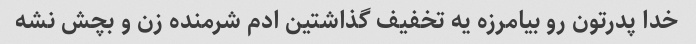
خدا پدرتون رو بیامرزه یه تخفیف گذاشتین ادم شرمنده زن و بچش نشه